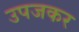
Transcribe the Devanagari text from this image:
उपजकर